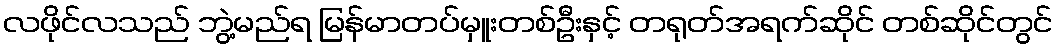
လဖိုင်လသည် ဘွဲ့မည်ရ မြန်မာတပ်မှူးတစ်ဦးနှင့် တရုတ်အရက်ဆိုင် တစ်ဆိုင်တွင်